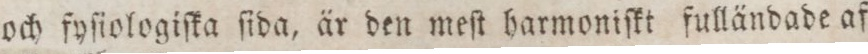
och fyſiologiſka ſida, är den meſt harmoniſkt fulländade af